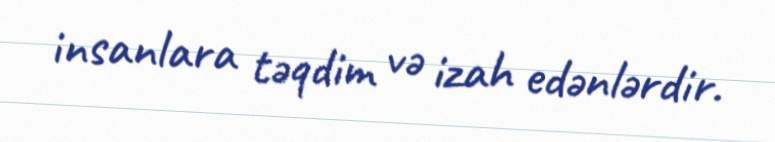
insanlara təqdim və izah edənlərdir.